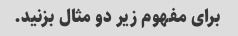
برای مفهوم زیر دو مثال بزنید.